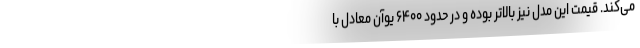
می‌کند. قیمت این مدل نیز بالاتر بوده و در حدود ۶۴۰۰ یوآن معادل با